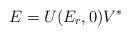
LaTeX: \begin{align*} E=U(E_{r},0)V^{*}\end{align*}